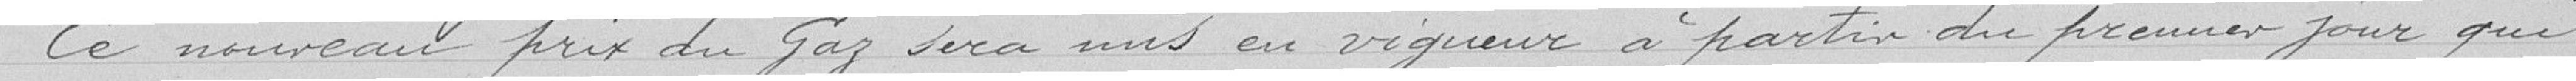
Ce nouveau prix du gaz sera mis en vigueur à partir du premier jour qui